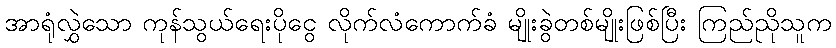
အာရုံလွှဲသော ကုန်သွယ်ရေးပိုငွေ လိုက်လံကောက်ခံ မျိုးခွဲတစ်မျိုးဖြစ်ပြီး ကြည်ညိုသူက